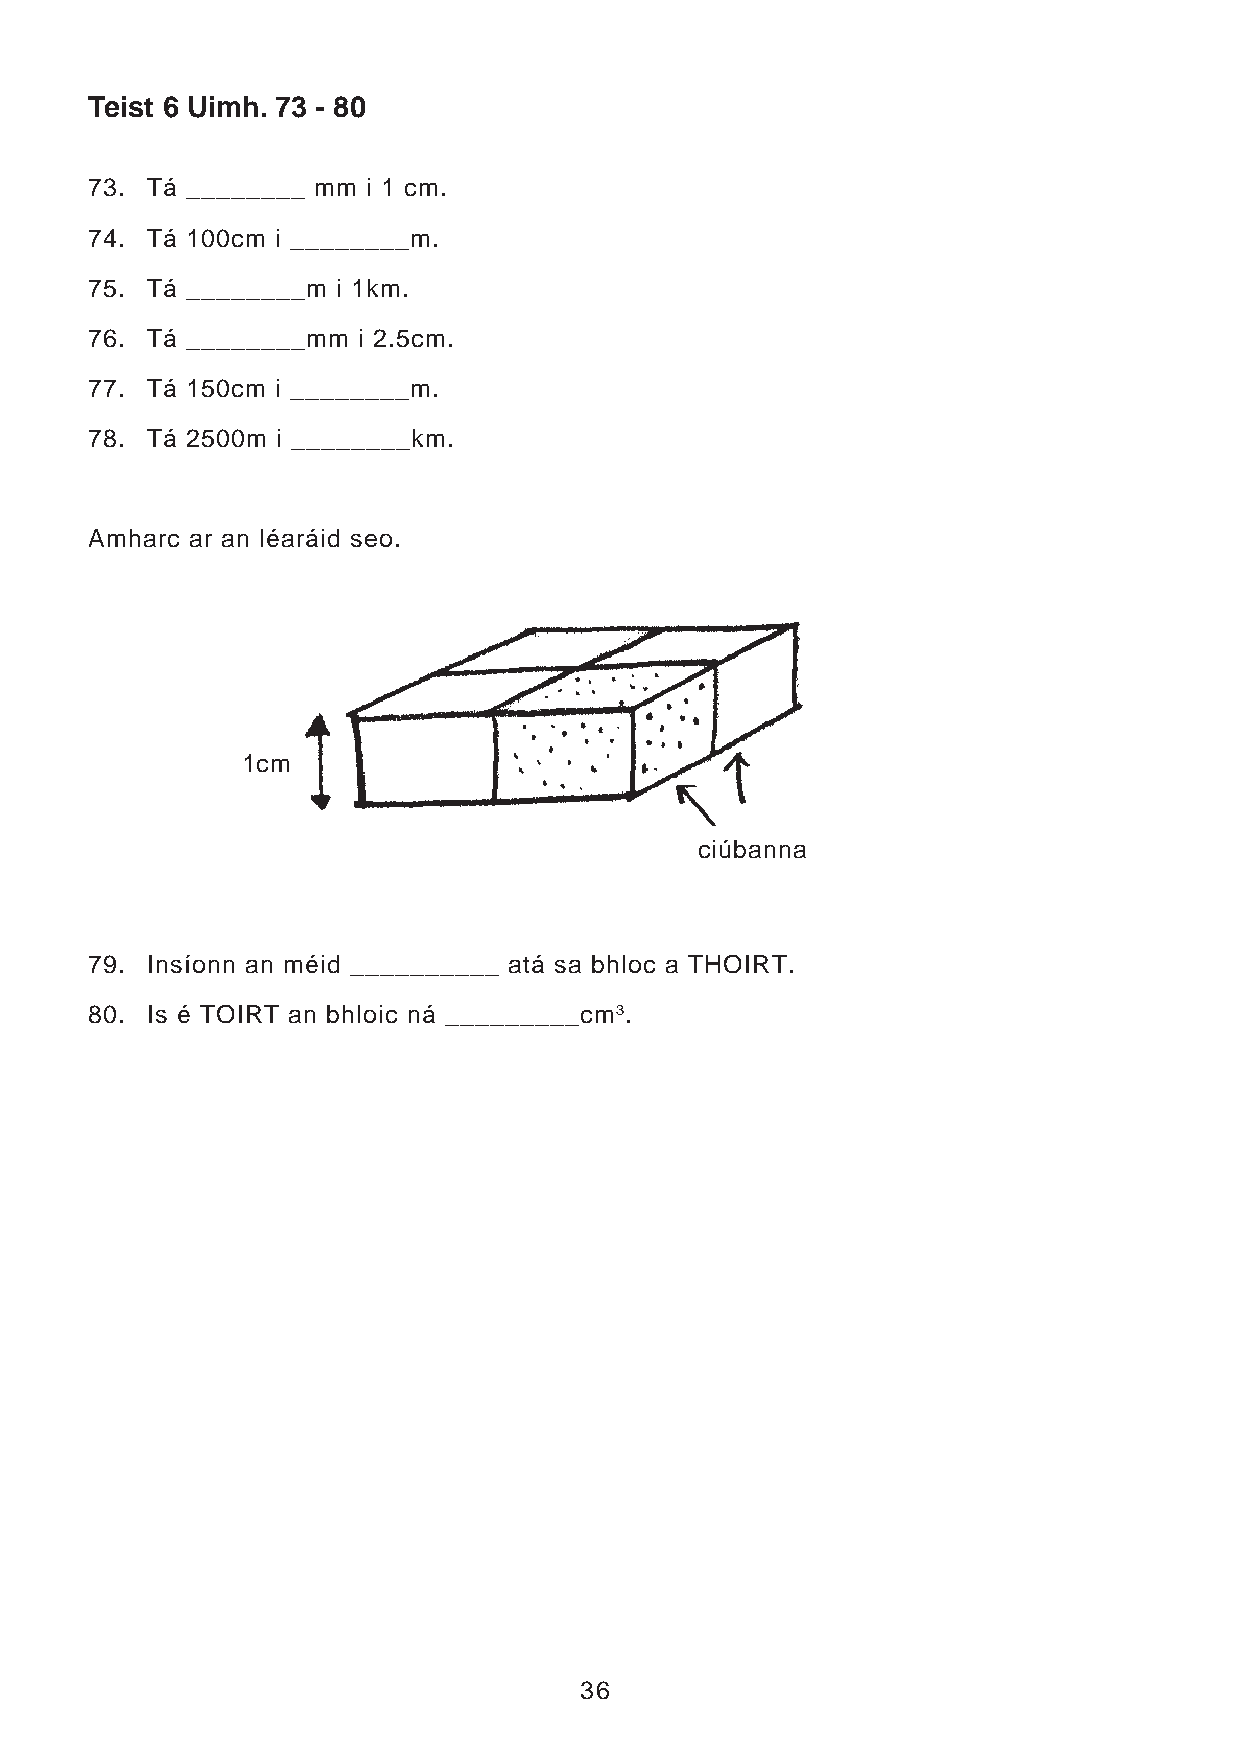
Teist 6 Uimh. 73 - 80
 73. Tá ________ mm i 1 cm.
 74. Tá 100cm i ________m.
 75. Tá ________m i 1km.
 76. Tá ________mm i 2.5cm.
 77. Tá 150cm i ________m.
 78. Tá 2500m i ________km.
 Amharc ar an léaráid seo.
 1cm
 ciúbanna
 79. Insíonn an méid __________ atá sa bhloc a THOIRT.
 80. Is é TOIRT an bhloic ná _________cm3.
 36